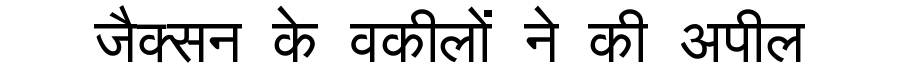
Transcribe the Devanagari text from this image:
जैक्सन के वकीलों ने की अपील